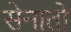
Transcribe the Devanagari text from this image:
सेनातो